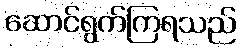
ဆောင်ရွက်ကြရသည်